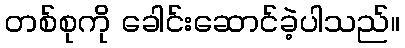
တစ်စုကို ခေါင်းဆောင်ခဲ့ပါသည်။